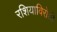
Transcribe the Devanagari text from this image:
रशियाविरोधी